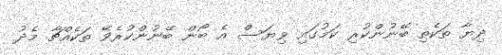
ދިޔާ ތަކެތި ބޭނުންކުރި ކަމުގައި ވިޔަސް އެ ބޯން ބޭނުންކުރެވޭ ތަކެއްޗާ މެދު